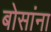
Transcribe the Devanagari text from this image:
बोसांना